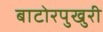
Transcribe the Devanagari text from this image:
बाटोरपुखुरी